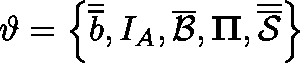
\vartheta = \left\{ \overline { { \overline { { b } } } } , I _ { A } , \overline { { \mathcal { B } } } , \mathbf { \Pi } , \overline { { \overline { { \mathcal { S } } } } } \right\}